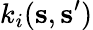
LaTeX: k_{i}(\mathbf{s},\mathbf{s}^{\prime})